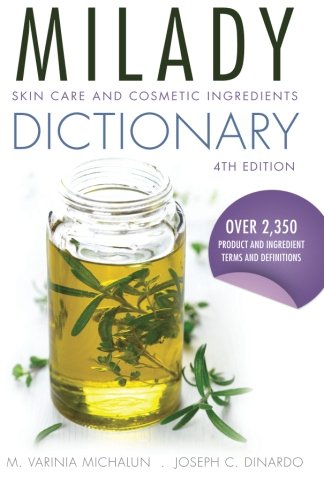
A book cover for Skin Care and Cosmetic Ingredients Dictionary; M. Varinia Michalun; Health, Fitness & Dieting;